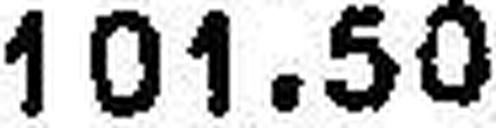
101.50